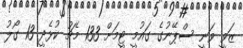
ޒަވީ ވަނީ ސްޕޭނުގެ ގައުމީ ޓީމަށް 133 މެޗު ކުޅެދީ 13 ގޯލު